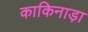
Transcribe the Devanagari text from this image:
काकिनाड़ा